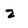
Character: 2